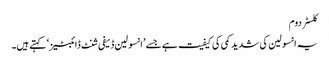
کلسٹر دوم
یہ انسولین کی شدید کمی کی کیفیت ہے جسے ’انسولین ڈیفی شنٹ ڈائبٹیز‘ کہتے ہیں۔